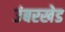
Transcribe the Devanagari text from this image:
उंबरखेड